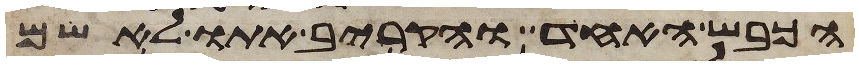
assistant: הכבש האחד והקריב אתו לאשם